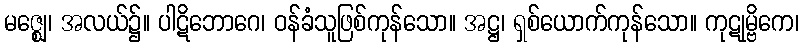
မဇ္ဈေ၊ အလယ်၌။ ပါဋိဘောဂေ၊ ဝန်ခံသူဖြစ်ကုန်သော။ အဋ္ဌ၊ ရှစ်ယောက်ကုန်သော။ ကုဋုမ္ဗိကေ၊